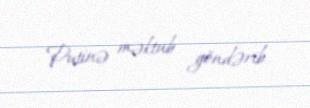
Putinə məktub göndərib.